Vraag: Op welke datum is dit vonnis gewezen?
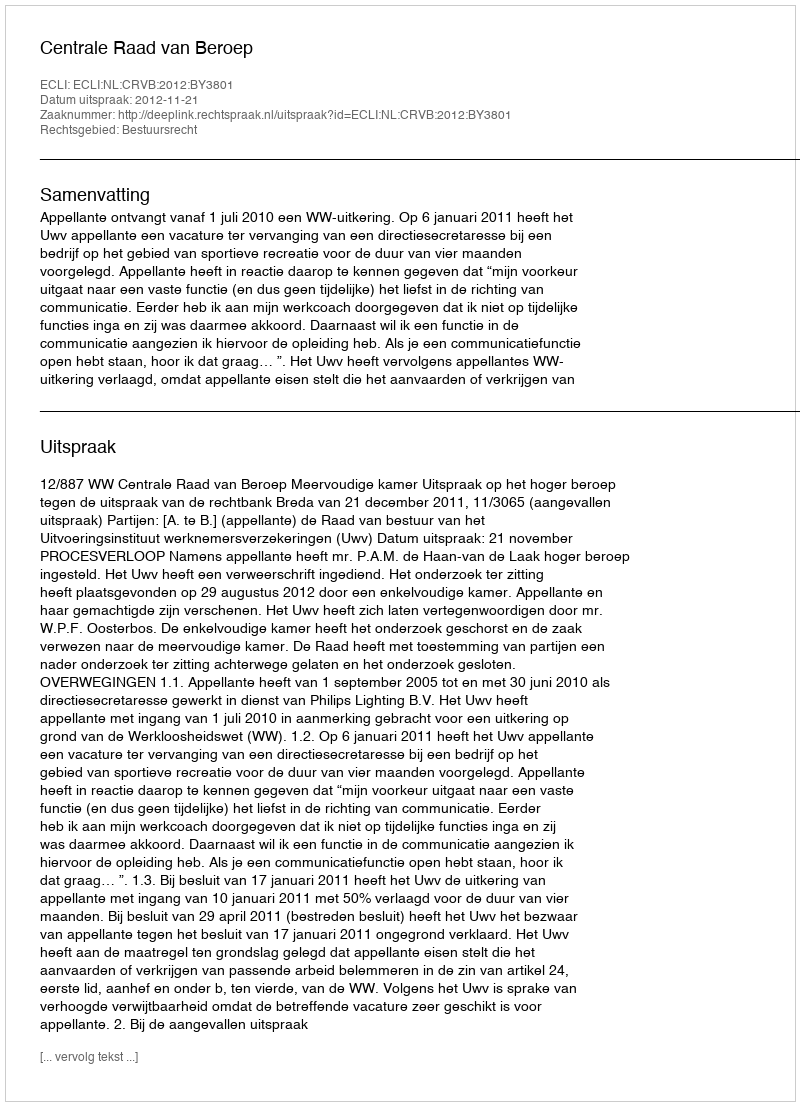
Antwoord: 2012-11-21